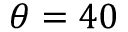
\theta = 4 0